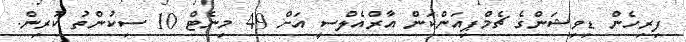
ފިރިހެން ޑިވިޝަންގެ ޗެމްޕިއަންކަން އާރްއެލްސީ އަށް 49 މިނެޓް 10 ސިކުންތު ކުރިން.